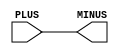
// This program was cloned from: https://github.com/chipsalliance/aib-phy-hardware
// License: Apache License 2.0

// SPDX-License-Identifier: Apache-2.0
// Copyright (C) 2019 Intel Corporation. 
module aibnd_aliasd ( PLUS, MINUS );

	input   PLUS;
	output  MINUS;

	assign MINUS = PLUS;

endmodule